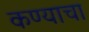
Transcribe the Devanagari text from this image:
कण्याचा